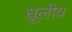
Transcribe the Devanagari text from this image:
धूलीय